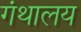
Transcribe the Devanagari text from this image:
गंथालय